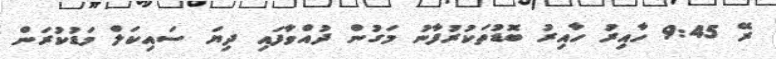
ރޭ 9:45 ހާއިރު ހާއިރު ބޮޑުތަކުރުފާނު މަގުން ދުއްވާފައި ދިޔަ ސައިކަލް މަޑުކުރަން